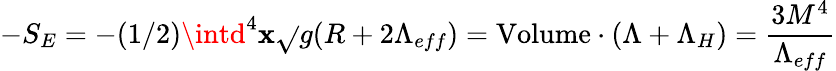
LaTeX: -S_{E}=-(1/2)\intd^{4}\mathbf{x}\sqrt{}{{g}}(R+2\Lambda_{eff})=\mathrm{{Volume}}\cdot(\Lambda+\Lambda_{H})=\frac{{3M^{4}}}{{\Lambda_{eff}}}